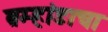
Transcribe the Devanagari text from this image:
ब्रम्हांडाचा